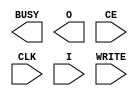
// $Header: /devl/xcs/repo/env/Databases/CAEInterfaces/verunilibs/s/ICAP_VIRTEX2.v,v 1.9.22.1 2003/11/18 20:41:35 wloo Exp $
/*

FUNCTION	: Special Function Cell, ICAP_VIRTEX2

*/

`timescale  100 ps / 10 ps


module ICAP_VIRTEX2 (BUSY, O, CE, CLK, I, WRITE);

    output BUSY;
    output [7:0] O;
    input  CE, CLK, WRITE;
    input  [7:0] I;

endmodule